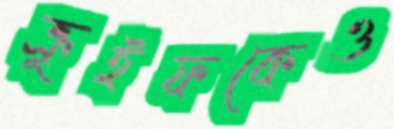
ক্রুইফকেও